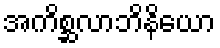
အကိစ္ဆလာဘိနိယော